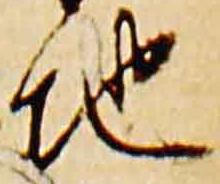
地